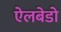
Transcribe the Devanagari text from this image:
ऐलबेडो